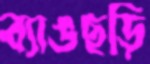
ব্যাঙছড়ি